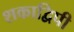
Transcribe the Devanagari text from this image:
शकाद्विपी